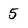
Character: 5